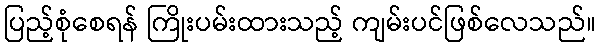
ပြည့်စုံစေရန် ကြိုးပမ်းထားသည့် ကျမ်းပင်ဖြစ်လေသည်။